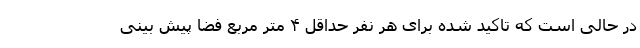
در حالی است که تاکید شده برای هر نفر حداقل ۴ متر مربع فضا پیش بینی